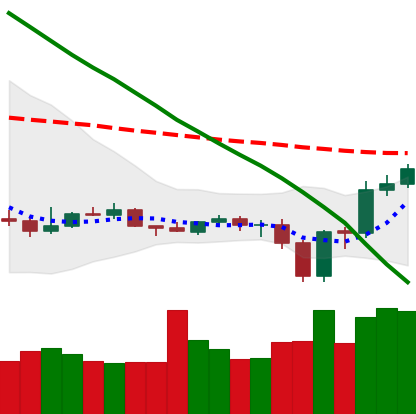
Ticker: ETC-USD
Chart end date: 2019-12-22
Forward return: 7.639%
Label: up_7plus